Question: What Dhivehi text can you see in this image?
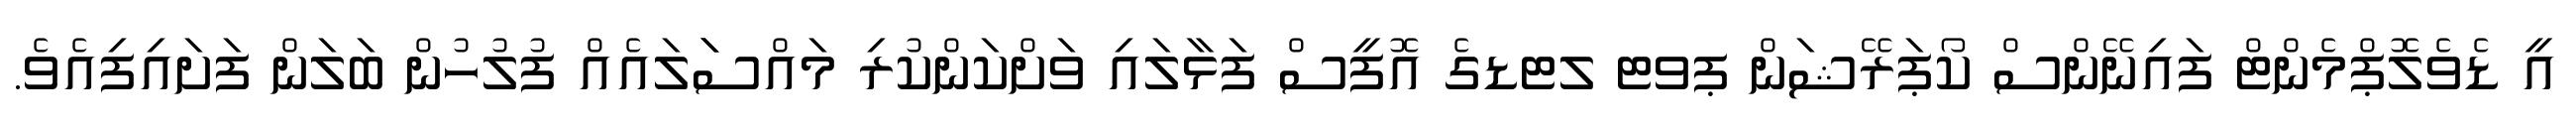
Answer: އީ ޑެވެލޮޕްމެންޓް ފައިނޭންސް ކޯޕަރޭޝަން ޕވޓ ލޓޑގެ އޮފީސް ފަޅާލައި ވަށްކަންކުރި މައްސަަލައެއް ފުލުހުން ބަލަން ފަށައިފިއެވެ.